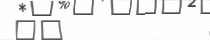
٦٧